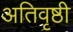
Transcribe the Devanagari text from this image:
अतिवृष्ठी